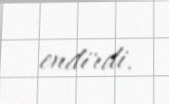
endirdi.